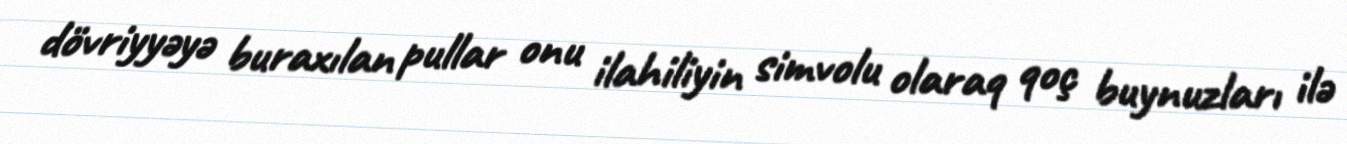
dövriyyəyə buraxılan pullar onu ilahiliyin simvolu olaraq qoç buynuzları ilə